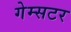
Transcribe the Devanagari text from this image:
गेम्सटर